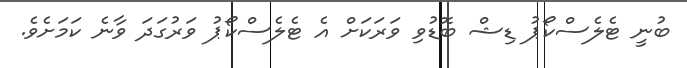
ބުނީ ޓެލެސްކޯޕު ޑިޝް ބޮޑުވި ވަރަކަށް އެ ޓެލެސްކޯޕު ވަރުގަދަ ވާނެ ކަމަަށެވެ.